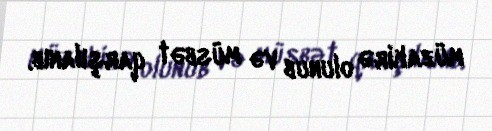
müzakirə olunub və müsbət qarşılanıb.